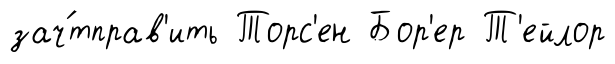
зач́тправ'ить Торс'ен Бор'ер Т'ейлор